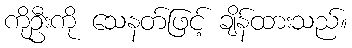
ကိုဦးကို သေနတ်ဖြင့် ချိန်ထားသည်။